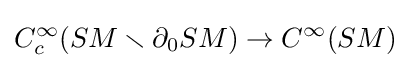
C_{c}^{\infty }(SM\smallsetminus \partial _{0}SM)\rightarrow C^{\infty }(SM)